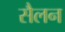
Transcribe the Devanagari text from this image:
सैलन